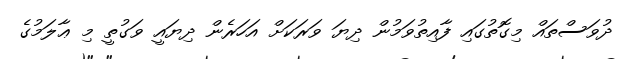
ދުވަސްތައް މިގޮތުގައި ފާއިތުވަމުން ދިޔަ ވަރަކަށް އަހަރެން ދިޔައީ ވަގުތީ މި ޢާލަމުގެ